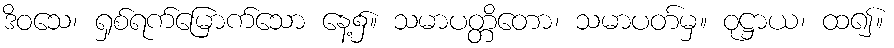
ဒိဝသေ၊ ရှစ်ရက်မြောက်သော နေ့၌။ သမာပတ္တိတော၊ သမာပတ်မှ။ ဝုဋ္ဌာယ၊ ထ၍။